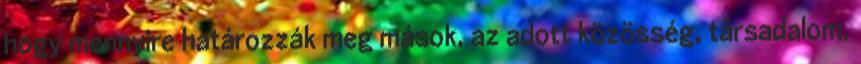
hogy mennyire határozzák meg mások, az adott közösség, társadalom,